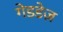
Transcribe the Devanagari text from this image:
गेडडेज़